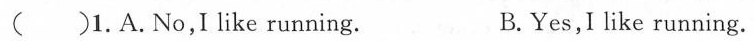
()1.A.No,I like running. B.Yes,I like running.